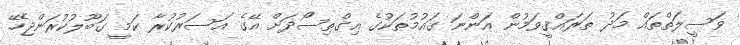
ވަސީލަތްތައް މަދު ތަރައްޤީވަމުން އަންނަ ގައުމުތަކުގެ އިގްތިސޯދަށް އޭގެ އަސަރުކުރާ ކަމީ ގަބޫލުކުރަންޖެހޭ